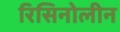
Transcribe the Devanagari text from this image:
रिसिनोलीन